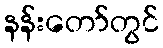
နန်းတော်တွင်